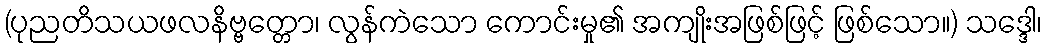
(ပုညတိသယဖလနိဗ္ဗတ္တော၊ လွန်ကဲသော ကောင်းမှု၏ အကျိုးအဖြစ်ဖြင့် ဖြစ်သော။) သဒ္ဒေါ၊